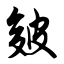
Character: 皴